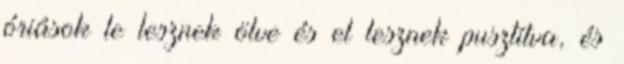
óriások le lesznek ölve és el lesznek pusztítva, és